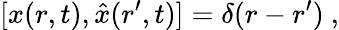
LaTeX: [x(r,t),{\hat{x}}(r^{\prime},t)]=\delta(r-r^{\prime})~,